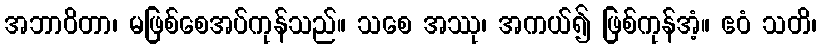
အဘာဝိတာ၊ မဖြစ်စေအပ်ကုန်သည်။ သစေ အဿု၊ အကယ်၍ ဖြစ်ကုန်အံ့။ ဧဝံ သတိ၊